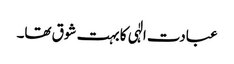
عبادت الٰہی کا بہت شوق تھا۔